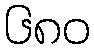
၆၈၀